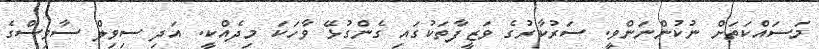
މަސައްކަތަށް ނުކުންނަންވީ. ސަރުކާރުގެ ވަޒީފާތަކުގައި ގެންގުޅޭ ވާހަކަ މިދެއްކީ. އަދި ސިވިލް ސާވިސްގެ